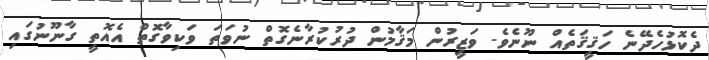
ދެކޮޅުހެދޭނެ ހަޤީޤަތެއް ނޫނެވެ. ވަޒީރުން މަޤާމުން ދުރުކުރާނެގޮތް ނުވަތަ ވަކިވާގޮތް އެއޮތީ ގާނޫނުގައި